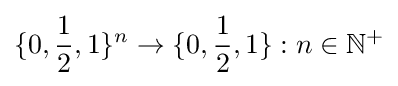
\{0,{\frac {1}{2}},1\}^{n}\rightarrow \{0,{\frac {1}{2}},1\}:n\in \mathbb {N^{+}}